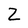
Character: Z